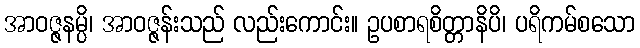
အာဝဇ္ဇနမ္ပိ၊ အာဝဇ္ဇန်းသည် လည်းကောင်း။ ဥပစာရစိတ္တာနိပိ၊ ပရိကမ်စသော